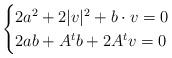
LaTeX: \begin{align*} \begin{cases} 2a^2 + 2 |v|^2 + b\cdot v = 0 \\ 2ab + A^tb + 2A^tv = 0 \end{cases} \end{align*}